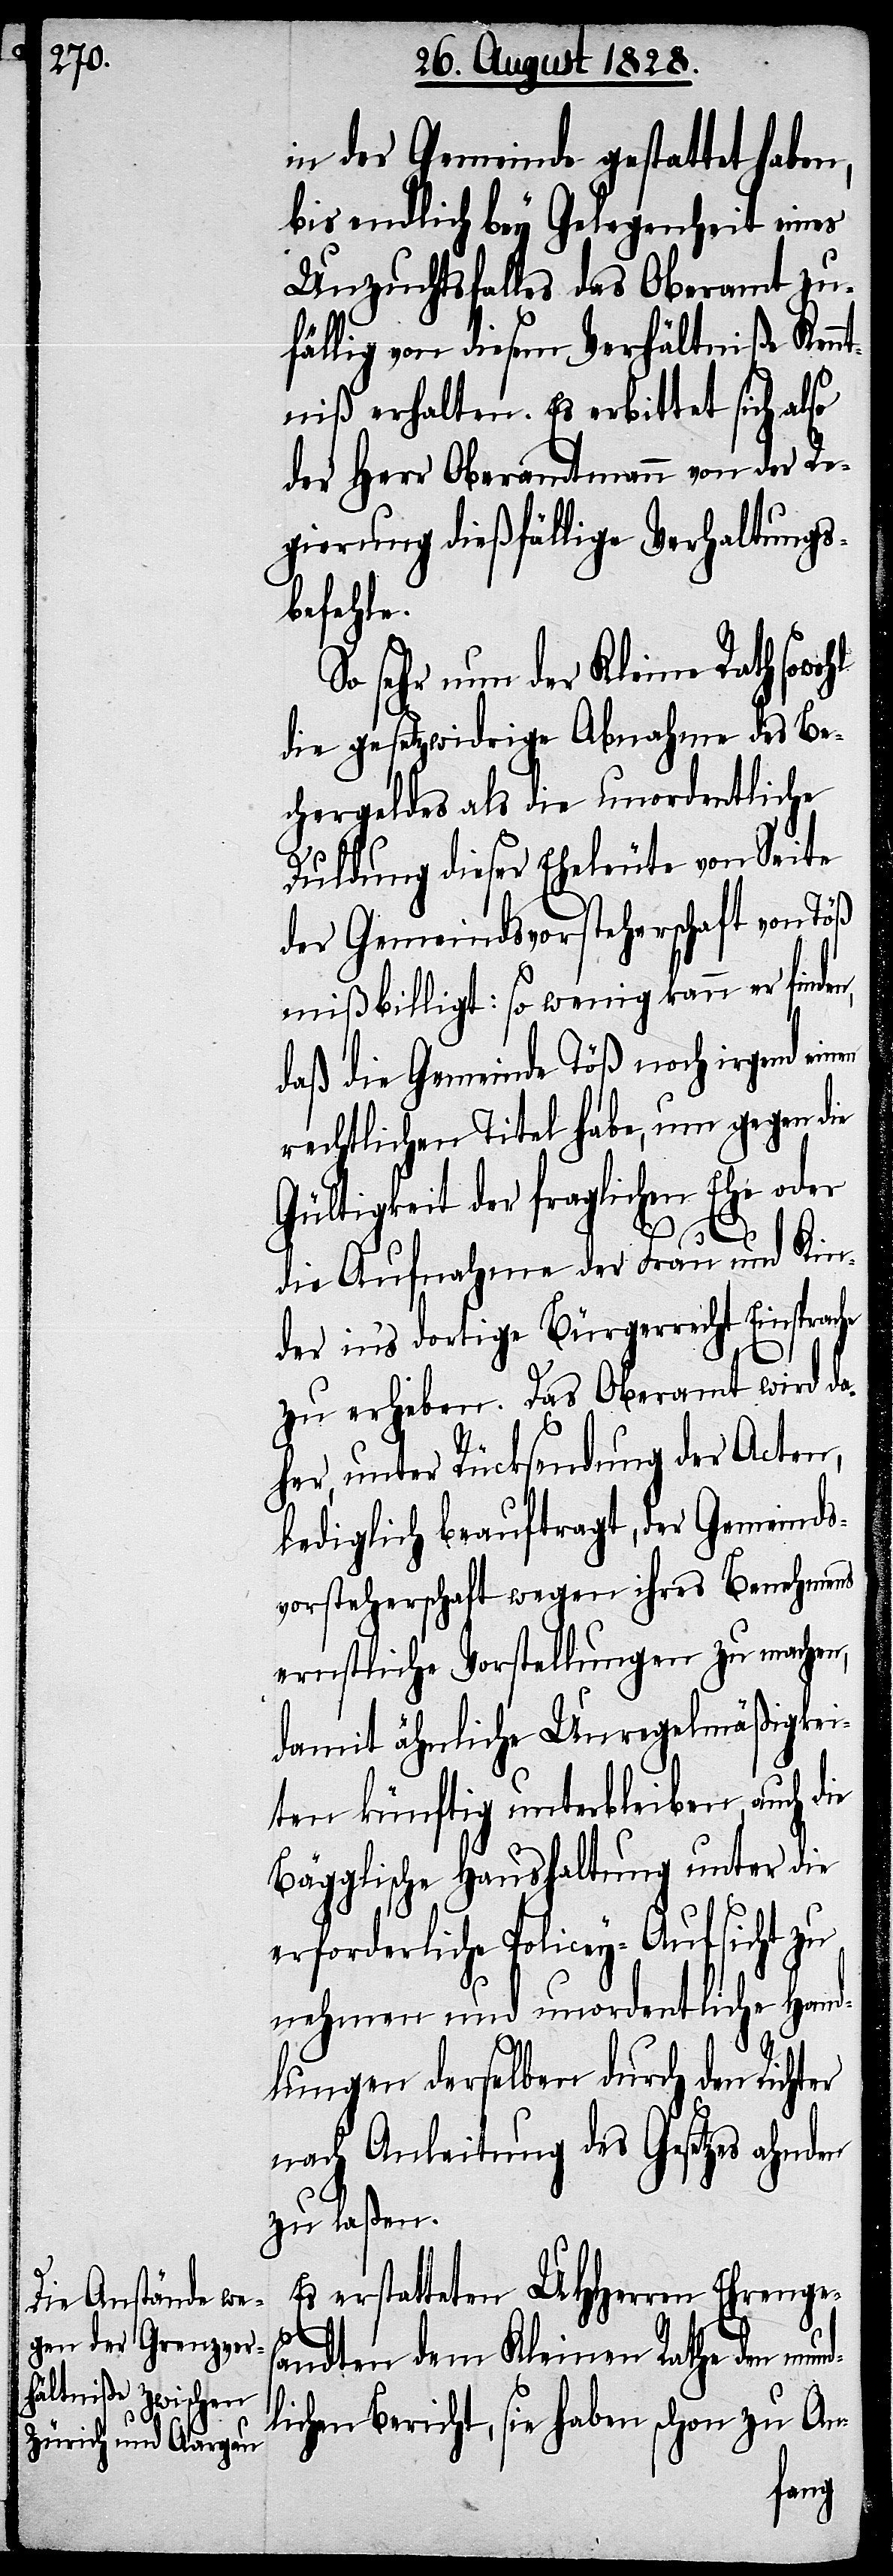
in der Gemeinde gestattet haben,
bis endlich bey Gelegenheit eines
Unzuchtsfalles das Oberamt zu¬
fällig von diesem Verhältniße Kenn¬
tniß erhalten. Es erbittet sich also
der Herr Oberamtmann von der Re¬
gierung dießfällige Verhaltungs¬
befehle.
So sehr nun der Kleine Rath
die gesetzwidrige Abnahme des Be¬
chergeldes als die unordentliche
Duldung dieser Eheleute von Seite
der Gemeindsvorsteherschaft von Töß
mißbilligt: so wenig kann er finden,
daß die Gemeinde Töß noch irgend einen
rechtlichen Titel habe, um gegen die
Gültigkeit der fraglichen Ehe oder
die Aufnahme der Frau und Kin¬
der in’s dortige Bürgerrecht Einsprache
zu erheben. Das Oberamt wird da¬
her, unter Rücksendung der Acten,
lediglich beauftragt, der Gemeinds¬
vorsteherschaft wegen ihres Benehmens
ernstliche Vorstellungen zu machen,
damit ähnliche Unregelmäßigkei¬
ten künftig unterbleiben, auch die
Bägglische Haushaltung unter die
erforderliche Policey-Aufsicht zu
nehmen und unordentliche Hand¬
lungen derselben durch den Richter
nach Anleitung des Gesetzes ahnden
zu laßen.
Es erstatteten UHHerren Ehrenges¬
d¬
andten dem Kleinen Rathe den mun¬
lichen Bericht, sie haben schon zu An-